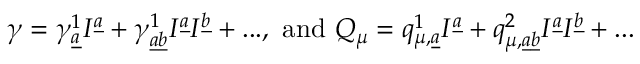
\gamma = \gamma _ { \underline { { { a } } } } ^ { 1 } I ^ { \underline { { { a } } } } + \gamma _ { \underline { { { a } } } \underline { { { b } } } } ^ { 1 } I ^ { \underline { { { a } } } } I ^ { \underline { { { b } } } } + . . . , \mathrm { ~ a n d ~ } Q _ { \mu } = q _ { \mu , \underline { { { a } } } } ^ { 1 } I ^ { \underline { { { a } } } } + q _ { \mu , \underline { { { a } } } \underline { { { b } } } } ^ { 2 } I ^ { \underline { { { a } } } } I ^ { \underline { { { b } } } } + . . .